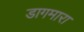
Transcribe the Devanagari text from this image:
डागमारा